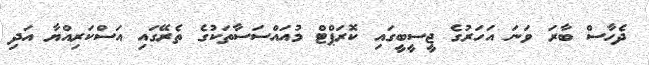
ދެހާސް ބާރަ ވަނަ އަހަރުގެ ޖީސީބީގައި ކޮރަޕްޓް މުއައްސަސާތަކުގެ ތެރޭގައި އަސްކަރިއްޔާ އަދި